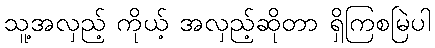
သူ့အလှည့် ကိုယ့် အလှည့်ဆိုတာ ရှိကြစမြဲပါ